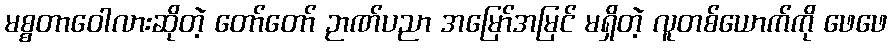
မစ္စတာဝေါလားဆိုတဲ့ တော်တော် ဉာဏ်ပညာ အမြော်အမြင် မရှိတဲ့ လူတစ်ယောက်ကို ဖေဖေ